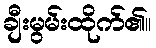
ချီးမွမ်းထိုက်၏။